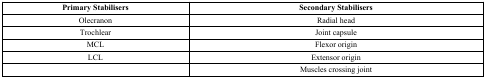
<table><thead><tr><td><b>Primary Stabilisers</b></td><td><b>Secondary Stabilisers</b></td></tr></thead><tbody><tr><td>Olecranon</td><td>Radial head</td></tr><tr><td>Trochlear</td><td>Joint capsule</td></tr><tr><td>MCL</td><td>Flexor origin</td></tr><tr><td>LCL</td><td>Extensor origin</td></tr><tr><td></td><td>Muscles crossing joint</td></tr></tbody></table>